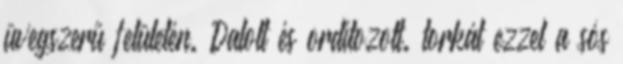
üvegszerű felületén. Dalolt és ordítozott. torkát ezzel a sós